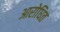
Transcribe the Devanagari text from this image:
आरोधित